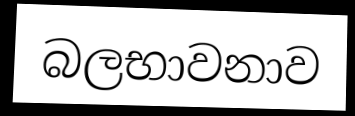
බලභාවනාව